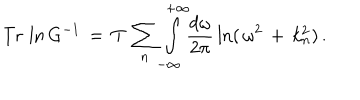
LaTeX: \mathrm { T r } \, \ln G ^ { - 1 } \, = \, T \, \sum _ { n } ^ { } \int _ { - \infty } ^ { + \infty } \! \! \frac { d \omega } { 2 \pi } \, \ln ( \, \omega ^ { 2 } \, + \, k _ { n } ^ { 2 } ) \, { . }